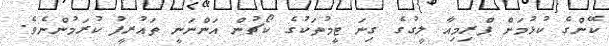
ކޭންގެ ކުޅުމަށް ޕްރިމިއާ ލީގުގެ ގިނަ ޓީމުތަކުގެ ކޯޗުން އަންނަނީ ތައުރީފު ކުރަމުންނެވެ.